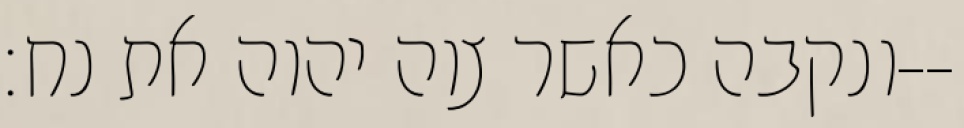
ונקבה כאשר צוה יהוה את נח׃--